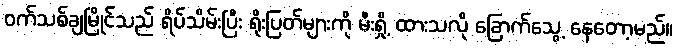
ဝက်သစ်ချမြိုင်သည် ရိပ်သိမ်းပြီး ရိုးပြတ်များကို မီးရှို့ ထားသလို ခြောက်သွေ့ နေတော့မည်။